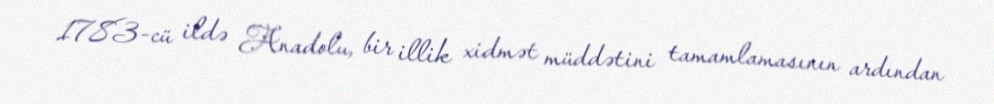
1783-cü ildə Anadolu, bir illik xidmət müddətini tamamlamasının ardından